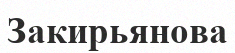
Закирьянова